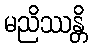
မညိဿန္တိ